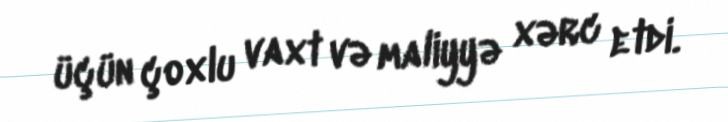
üçün çoxlu vaxt və maliyyə xərc etdi.